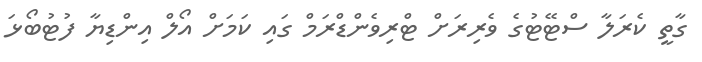
ގާތީ ކެރަލާ ސްޓޭޓުގެ ވެރިރަށް ޓްރިވެންޑްރަމް ގައި ކަމަށް އޯލް އިންޑިޔާ ފުޓުބޯޅަ